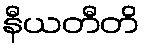
နီယတီတိ